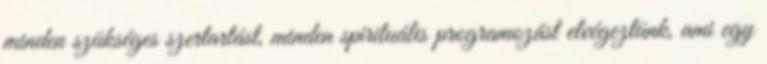
minden szükséges szertartást, minden spirituális programozást elvégeztünk, ami egy